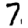
Digit: 7